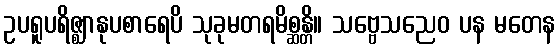
ဥပရူပရိဇ္ဈာနုပစာရေပိ သုခုမတရမိစ္ဆန္တိ။ သဗ္ဗေသညေဝ ပန မတေန